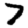
Digit: 7